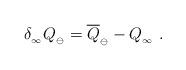
LaTeX: \begin{align*}\delta_{_\infty} Q_{_{\ominus}}=\overline Q_{_{\ominus}} -Q_{_\infty}\ .\end{align*}